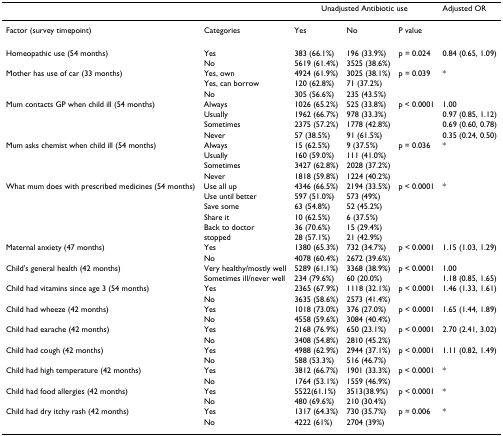
<table><thead><tr><td></td><td></td><td colspan="3"><b>Unadjusted Antibiotic use</b></td><td><b>Adjusted OR</b></td></tr></thead><tbody><tr><td>Factor (survey timepoint)</td><td>Categories</td><td>Yes</td><td>No</td><td>P value</td><td></td></tr><tr><td>Homeopathic use (54 months)</td><td>Yes</td><td>383 (66.1%)</td><td>196 (33.9%)</td><td>p = 0.024</td><td>0.84 (0.65, 1.09)</td></tr><tr><td></td><td>No</td><td>5619 (61.4%)</td><td>3525 (38.6%)</td><td></td><td></td></tr><tr><td>Mother has use of car (33 months)</td><td>Yes, own</td><td>4924 (61.9%)</td><td>3025 (38.1%)</td><td>p = 0.039</td><td>*</td></tr><tr><td></td><td>Yes, can borrow</td><td>120 (62.8%)</td><td>71 (37.2%)</td><td></td><td></td></tr><tr><td></td><td>No</td><td>305 (56.6%)</td><td>235 (43.5%)</td><td></td><td></td></tr><tr><td>Mum contacts GP when child ill (54 months)</td><td>Always</td><td>1026 (65.2%)</td><td>525 (33.8%)</td><td>p &lt; 0.0001</td><td>1.00</td></tr><tr><td></td><td>Usually</td><td>1962 (66.7%)</td><td>978 (33.3%)</td><td></td><td>0.97 (0.85, 1.12)</td></tr><tr><td></td><td>Sometimes</td><td>2375 (57.2%)</td><td>1778 (42.8%)</td><td></td><td>0.69 (0.60, 0.78)</td></tr><tr><td></td><td>Never</td><td>57 (38.5%)</td><td>91 (61.5%)</td><td></td><td>0.35 (0.24, 0.50)</td></tr><tr><td>Mum asks chemist when child ill (54 months)</td><td>Always</td><td>15 (62.5%)</td><td>9 (37.5%)</td><td>p = 0.036</td><td>*</td></tr><tr><td></td><td>Usually</td><td>160 (59.0%)</td><td>111 (41.0%)</td><td></td><td></td></tr><tr><td></td><td>Sometimes</td><td>3427 (62.8%)</td><td>2028 (37.2%)</td><td></td><td></td></tr><tr><td></td><td>Never</td><td>1818 (59.8%)</td><td>1224 (40.2%)</td><td></td><td></td></tr><tr><td>What mum does with prescribed medicines (54 months)</td><td>Use all up</td><td>4346 (66.5%)</td><td>2194 (33.5%)</td><td>p &lt; 0.0001</td><td>*</td></tr><tr><td></td><td>Use until better</td><td>597 (51.0%)</td><td>573 (49%)</td><td></td><td></td></tr><tr><td></td><td>Save some</td><td>63 (54.8%)</td><td>52 (45.2%)</td><td></td><td></td></tr><tr><td></td><td>Share it</td><td>10 (62.5%)</td><td>6 (37.5%)</td><td></td><td></td></tr><tr><td></td><td>Back to doctor</td><td>36 (70.6%)</td><td>15 (29.4%)</td><td></td><td></td></tr><tr><td></td><td>stopped</td><td>28 (57.1%)</td><td>21 (42.9%)</td><td></td><td></td></tr><tr><td>Maternal anxiety (47 months)</td><td>Yes</td><td>1380 (65.3%)</td><td>732 (34.7%)</td><td>p &lt; 0.0001</td><td>1.15 (1.03, 1.29)</td></tr><tr><td></td><td>No</td><td>4078 (60.4%)</td><td>2672 (39.6%)</td><td></td><td></td></tr><tr><td>Child&#x27;s general health (42 months)</td><td>Very healthy/mostly well</td><td>5289 (61.1%)</td><td>3368 (38.9%)</td><td>p &lt; 0.0001</td><td>1.00</td></tr><tr><td></td><td>Sometimes ill/never well</td><td>234 (79.6%)</td><td>60 (20.0%)</td><td></td><td>1.18 (0.85, 1.65)</td></tr><tr><td>Child had vitamins since age 3 (54 months)</td><td>Yes</td><td>2365 (67.9%)</td><td>1118 (32.1%)</td><td>p &lt; 0.0001</td><td>1.46 (1.33, 1.61)</td></tr><tr><td></td><td>No</td><td>3635 (58.6%)</td><td>2573 (41.4%)</td><td></td><td></td></tr><tr><td>Child had wheeze (42 months)</td><td>Yes</td><td>1018 (73.0%)</td><td>376 (27.0%)</td><td>p &lt; 0.0001</td><td>1.65 (1.44, 1.89)</td></tr><tr><td></td><td>No</td><td>4558 (59.6%)</td><td>3084 (40.4%)</td><td></td><td></td></tr><tr><td>Child had earache (42 months)</td><td>Yes</td><td>2168 (76.9%)</td><td>650 (23.1%)</td><td>p &lt; 0.0001</td><td>2.70 (2.41, 3.02)</td></tr><tr><td></td><td>No</td><td>3408 (54.8%)</td><td>2810 (45.2%)</td><td></td><td></td></tr><tr><td>Child had cough (42 months)</td><td>Yes</td><td>4988 (62.9%)</td><td>2944 (37.1%)</td><td>p &lt; 0.0001</td><td>1.11 (0.82, 1.49)</td></tr><tr><td></td><td>No</td><td>588 (53.3%)</td><td>516 (46.7%)</td><td></td><td></td></tr><tr><td>Child had high temperature (42 months)</td><td>Yes</td><td>3812 (66.7%)</td><td>1901 (33.3%)</td><td>p &lt; 0.0001</td><td>*</td></tr><tr><td></td><td>No</td><td>1764 (53.1%)</td><td>1559 (46.9%)</td><td></td><td></td></tr><tr><td>Child had food allergies (42 months)</td><td>Yes</td><td>5522(61.1%)</td><td>3513(38.9%)</td><td>p &lt; 0.0001</td><td>*</td></tr><tr><td></td><td>No</td><td>480 (69.6%)</td><td>210 (30.4%)</td><td></td><td></td></tr><tr><td>Child had dry itchy rash (42 months)</td><td>Yes</td><td>1317 (64.3%)</td><td>730 (35.7%)</td><td>p = 0.006</td><td>*</td></tr><tr><td></td><td>No</td><td>4222 (61%)</td><td>2704 (39%)</td><td></td><td></td></tr></tbody></table>